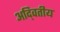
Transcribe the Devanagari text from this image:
अदि्वतीय